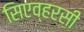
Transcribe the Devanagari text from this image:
सिएव्हरसी